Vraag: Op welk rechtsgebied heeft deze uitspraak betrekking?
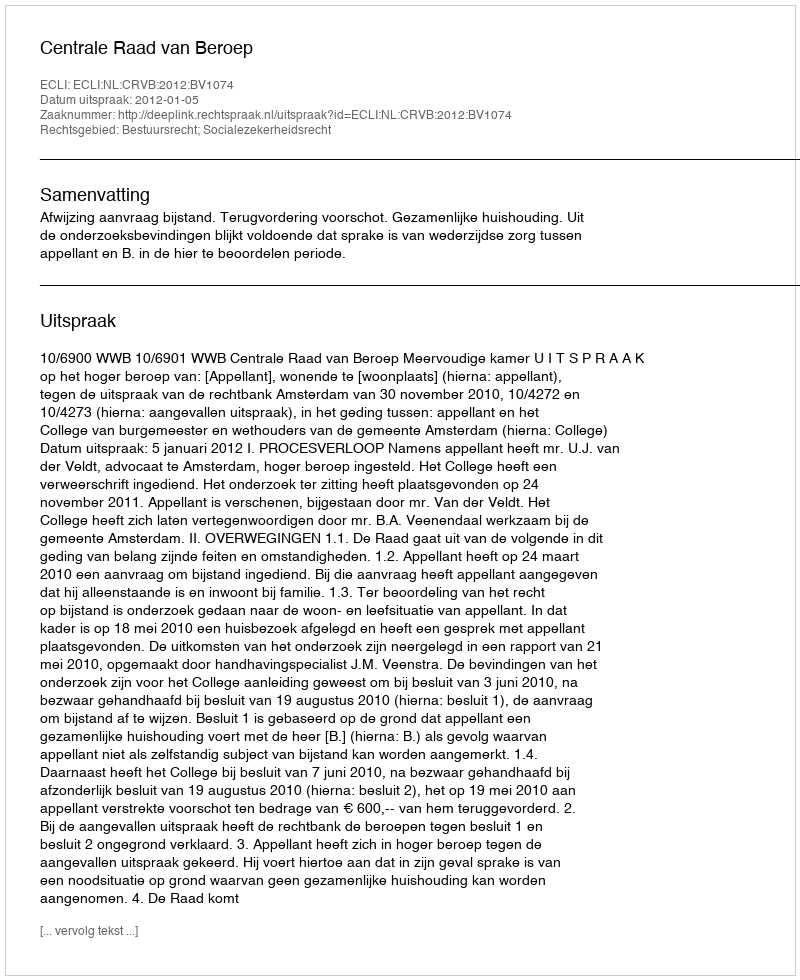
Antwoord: Bestuursrecht; Socialezekerheidsrecht